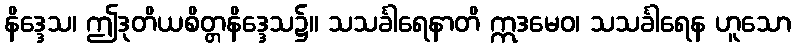
နိဒ္ဒေသ၊ ဤဒုတိယစိတ္တနိဒ္ဒေသ၌။ သသင်္ခါရေနာတိ ဣဒမေဝ၊ သသင်္ခါရေန ဟူသော